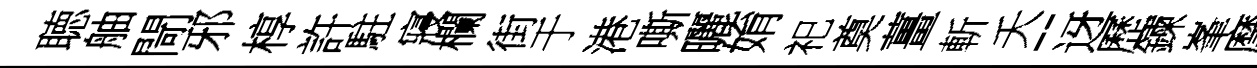
聴舳閜邪椁許駐寢欄街于港嘶曬姢祀奠薑斬夭-迓歷鍊峯摩